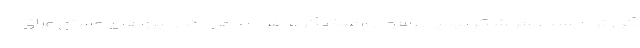
گزارش ایسنا، سرلشکر «یحیی رسول»، سخنگوی فرماندهی کل نیروهای مسلح عراق